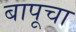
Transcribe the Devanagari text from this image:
बापूचा